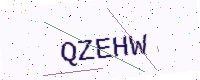
Text: QZEHW